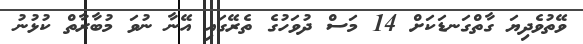
ވޭތުވެދިޔަ ގާތްގަނޑަކަށް 14 މަސް ދުވަހުގެ ތެރޭގައި އޭނާ ނުވަ މުބާރާތް ކުޅުނު